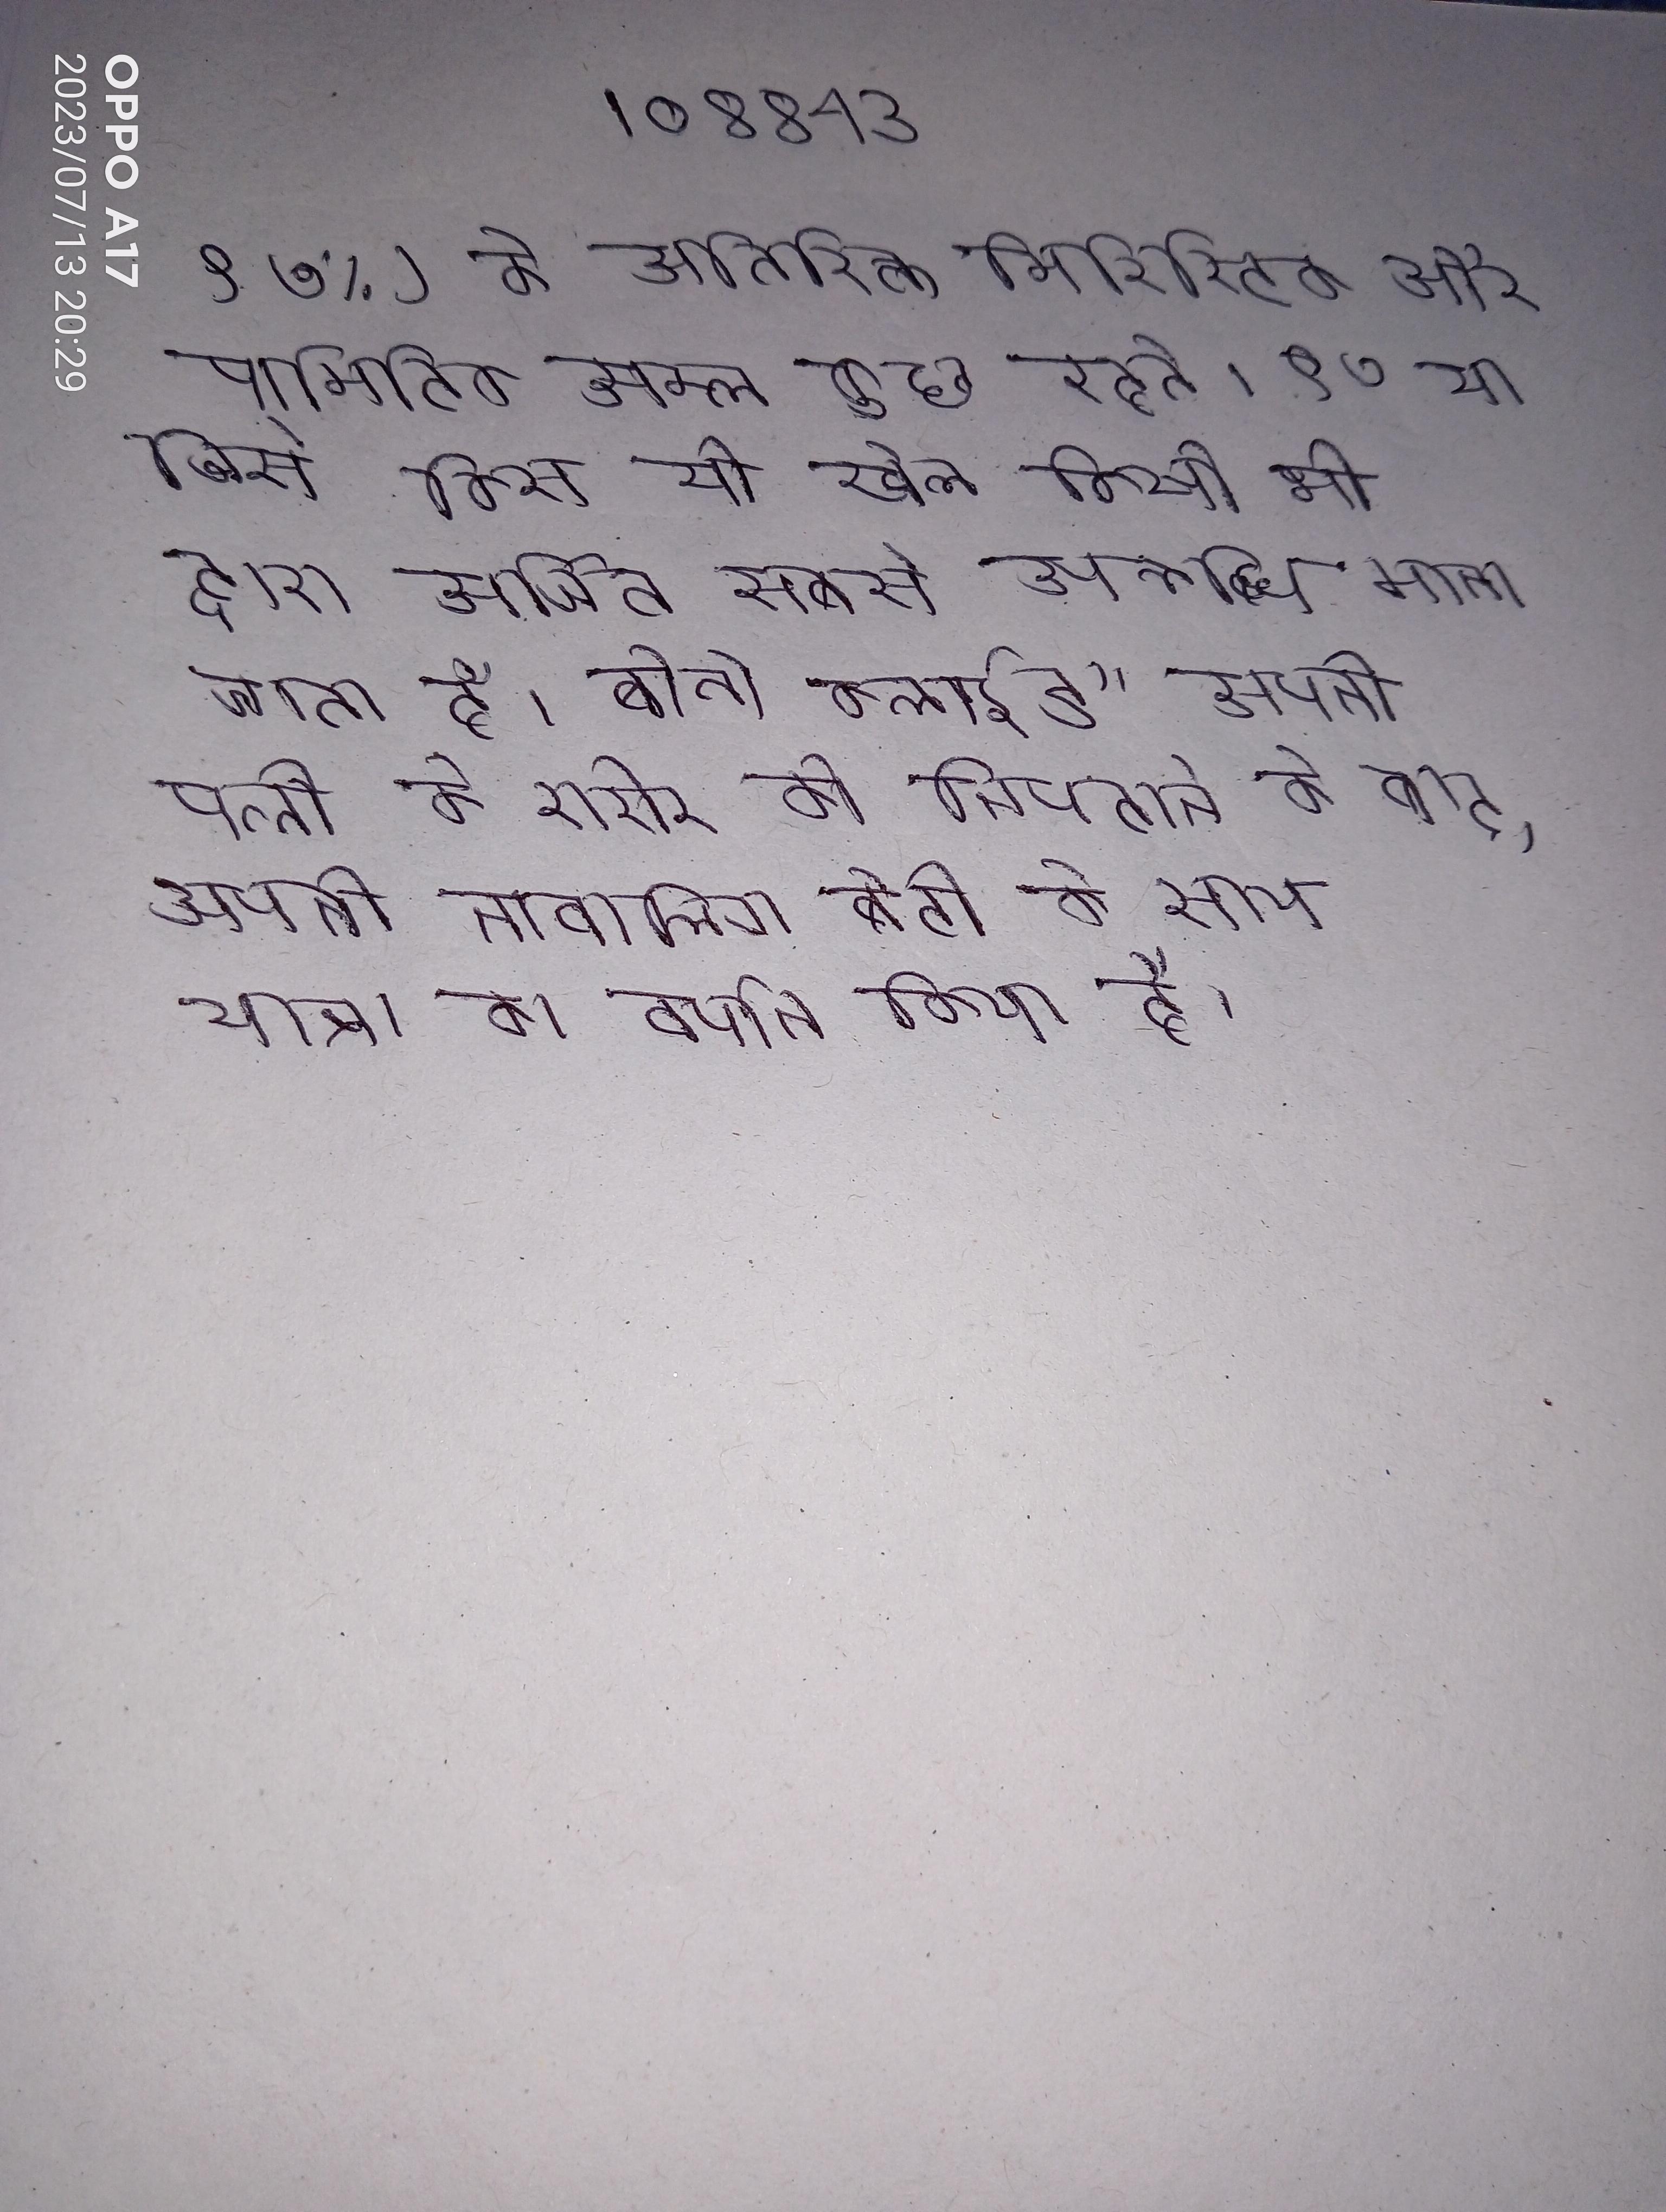
९७%) के अतिरिक्त, मिरिस्टिक और पामिटिक अम्ल कुछ रहते । ९७ था जिसे किसी भी खेल किसी भी द्वारा अर्जित सबसे उपलब्धि माना जाता है । बोनी क्लाईड" अपनी पत्नी के शरीर को निपटाने के बाद, अपनी नाबालिग बेटी के साथ यात्रा का वर्णन किया है ।